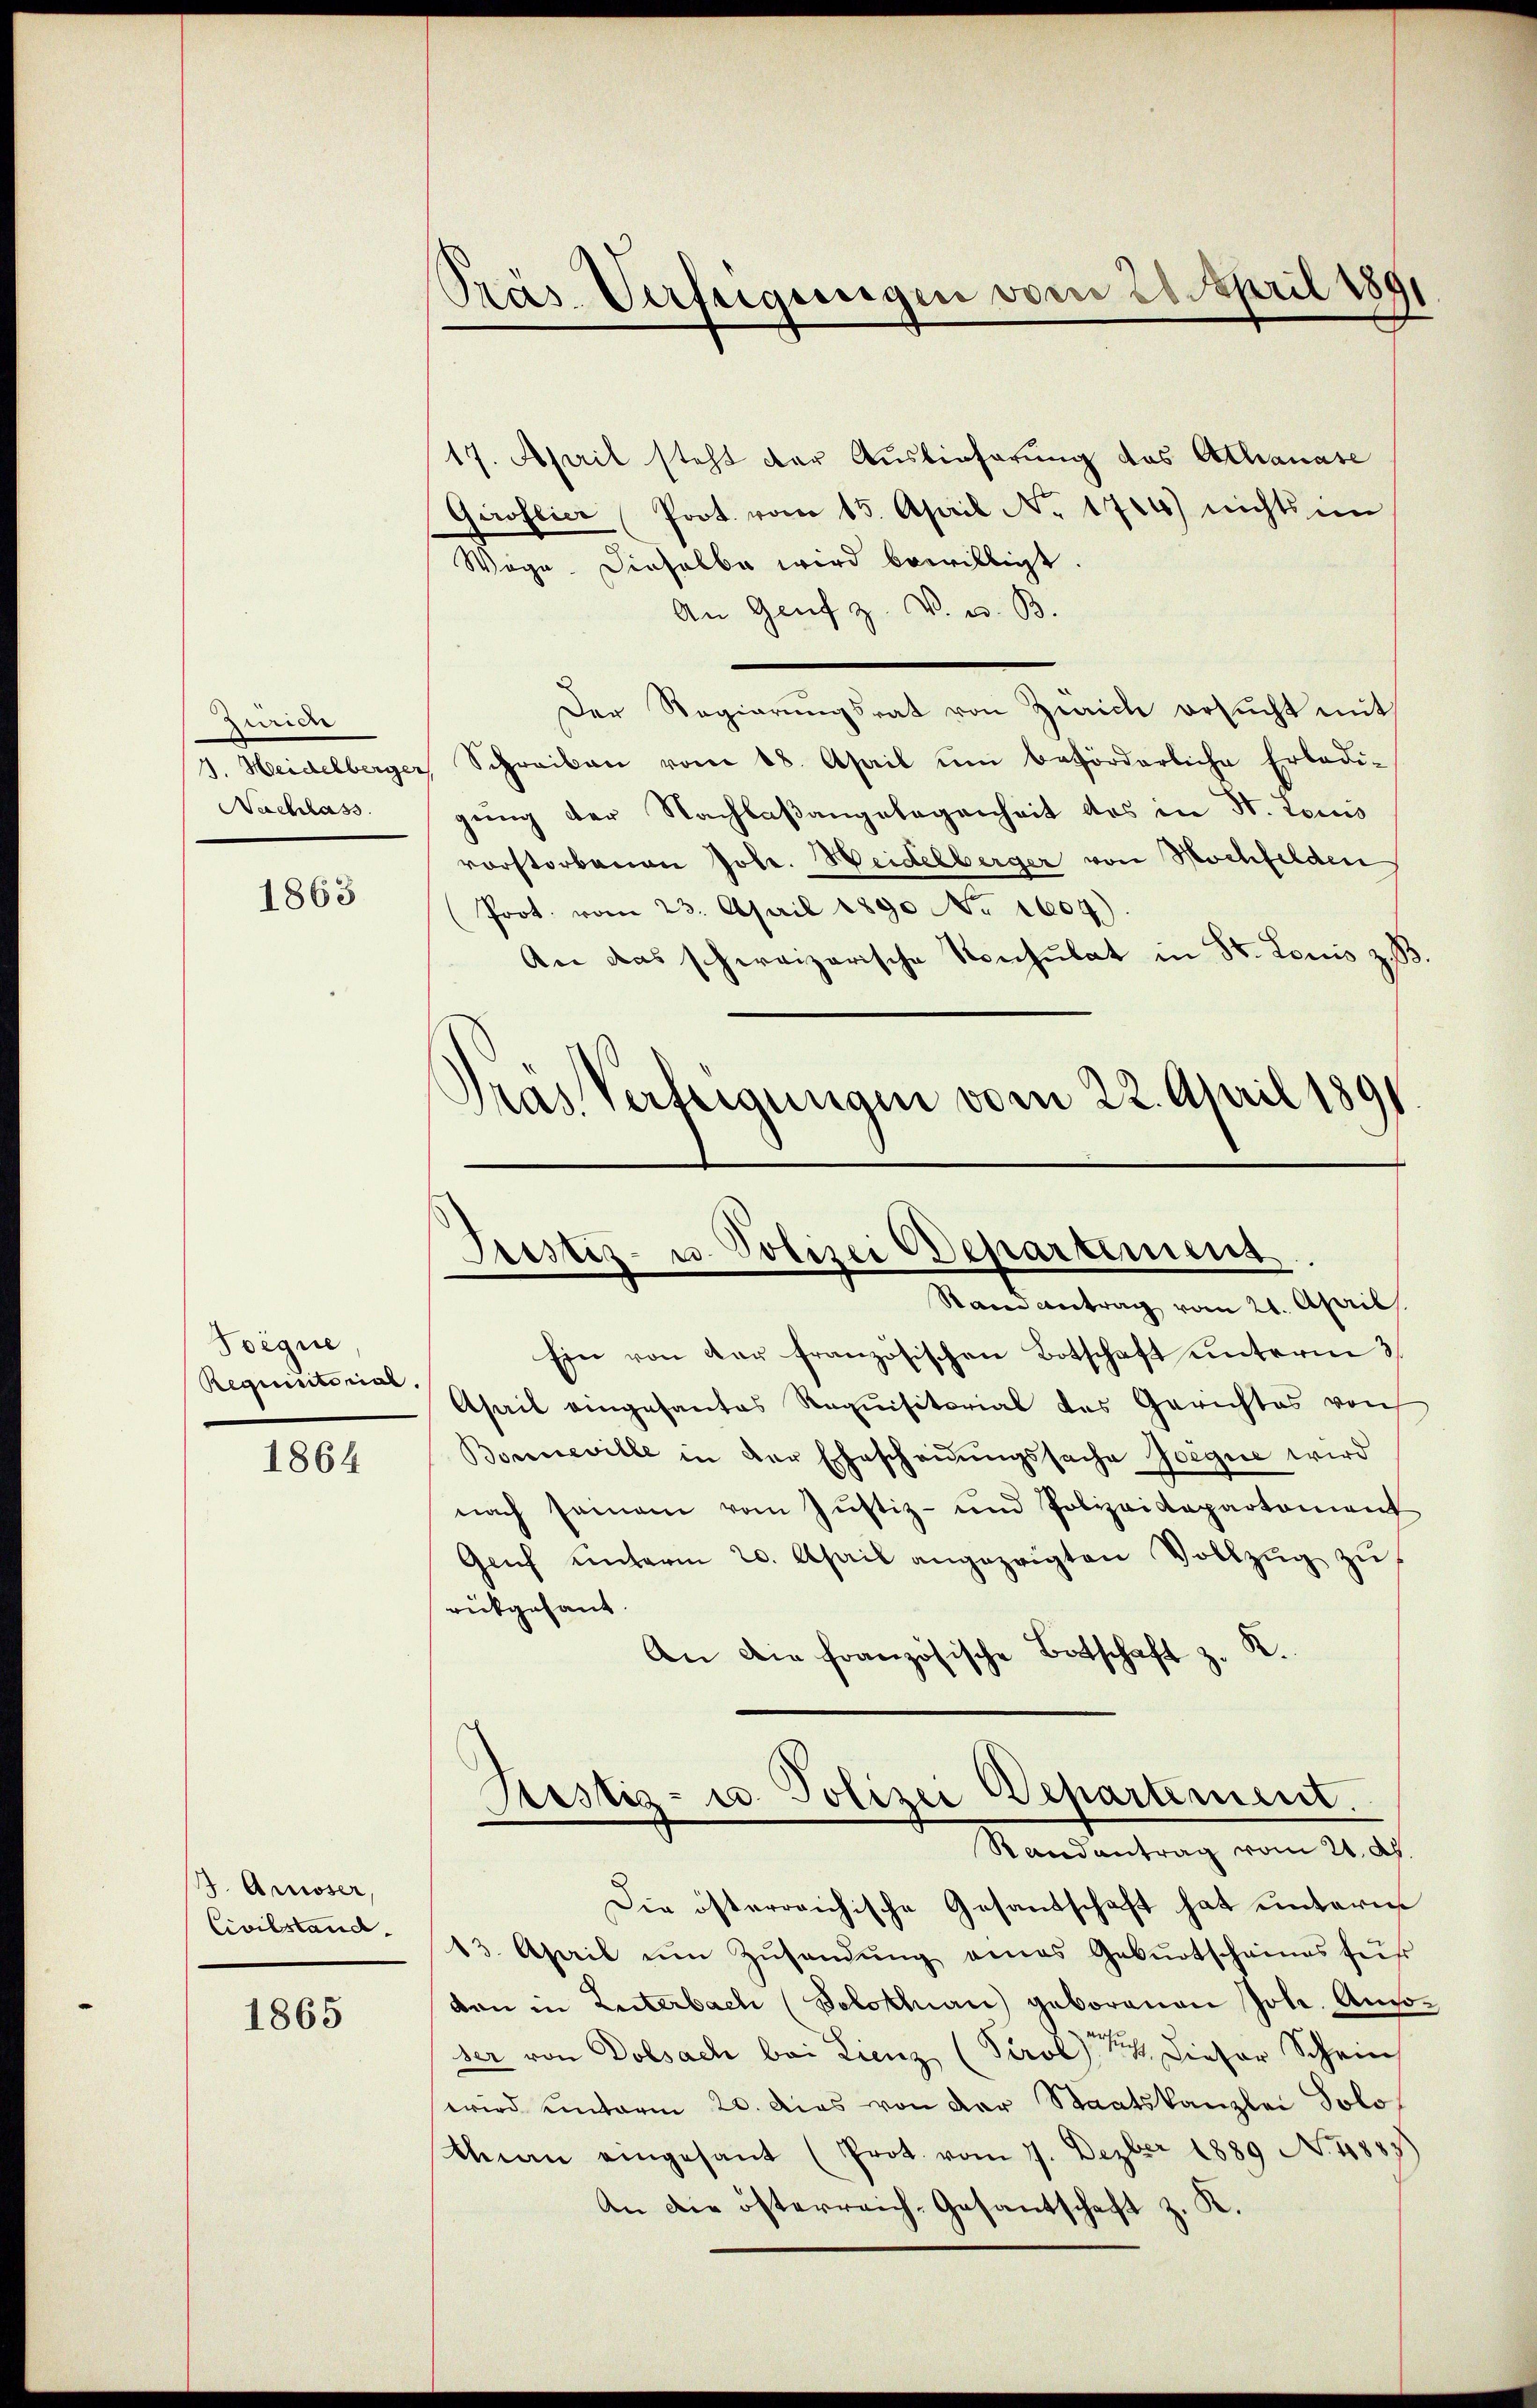
Zurien
Nachlass

1863

Toigne.
Requisitorial.
1864

. Amiser,
Civilstand.

1865

Präs. Verfeigungen vom 28. April 1891

17. April steht der Auslieferung des Athanase
Giroflier Prot. vom 15. April No 1704) nichts in
Wege. Dieselbe wird bewilligt.
An Genf z. V. u. B.
Der Regierungsrat von Zürich ersucht mit
1. Heidelberger, Schreiben vom 18. April ŭm beförderliche Erledi-
gung der Nachlaßangelegenheit des in St. Louis
vorstorbenen Jobe. Heidelberger von Hochfelden
Prot. vom 23. April 1890 No 1604).
An das schweizerische Konsulat in St. Louis
Pras Verfeigungen vom 22. April 1891

Justiz- u. Polizei Departimens
Stand antrag vom 21. April

Ein von der französischen Botschaft unterm 3
Asait eingesantes Requisitorial des Gerichtes von
Bonneville in der Eheschauungssache Zoegue wird
nach seinem vom Justiz- und Polizeidepartement
Gaŭf ŭnterm 20. April angezeigten Vollzŭg zŭ
rückgehant.
An die französische Botschaft z. R.

Justiz- u. Polizei Departement.
Randantrag vom 21. dh.

Die österreichische Gesandschaft hat unterm
13. April ŭm Zŭsandŭng eines Gebŭrtscheines für
dan in Zuterbach (Solottnau geborenen Joh. Ansoser von Dolsach bei Lienz (Tirol    Dieser Schein
wird unterm 20. Das von der Staatskanzlei Solo
tnau eingesant (Prot. vom 7. Dezbr 1889 No. 1885
An die österreich-Gesantschaft z. K.